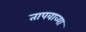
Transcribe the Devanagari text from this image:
तापवाव्या